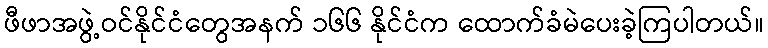
ဖီဖာအဖွဲ့ဝင်နိုင်ငံတွေအနက် ၁၆၆ နိုင်ငံက ထောက်ခံမဲပေးခဲ့ကြပါတယ်။